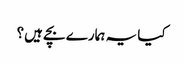
کیا یہ ہمارے بچے ہیں؟